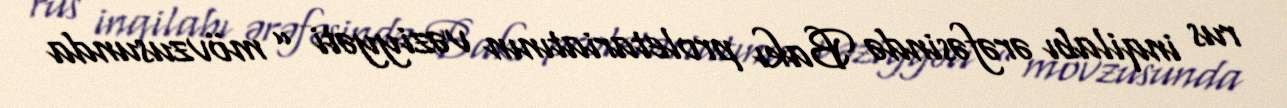
rus inqilabı ərəfəsində Bakı proletariatının vəziyyəti ” mövzusunda